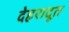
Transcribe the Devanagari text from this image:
देहरादूत